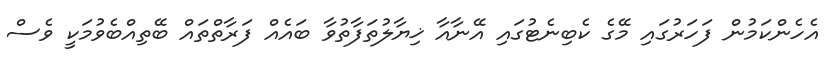
އެހެންކަމުން ފަހަރުގައި މޭގެ ކެބިނެޓުގައި އޭނާއާ ޚިޔާލުތަފާތުވާ ބައެއް ފަރާތްތައް ބޭތިއްބެވުމަކީ ވެސް